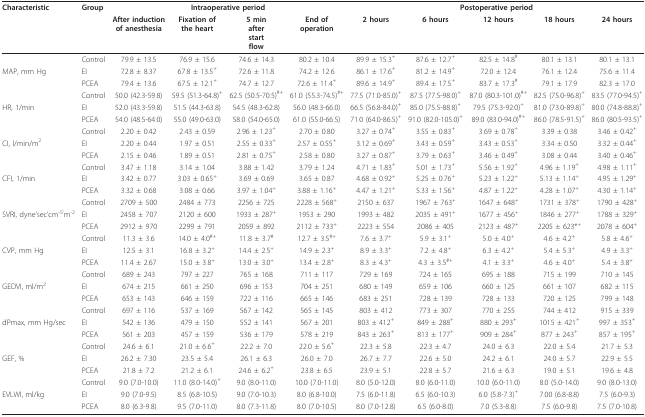
<table><thead><tr><td><b>Characteristic</b></td><td><b>Group</b></td><td colspan="4"><b>Intraoperative period</b></td><td colspan="5"><b>Postoperative period</b></td></tr><tr><td></td><td></td><td><b>After inductionof anesthesia</b></td><td><b>Fixation ofthe heart</b></td><td><b>5 minafterstartflow</b></td><td><b>End ofoperation</b></td><td><b>2 hours</b></td><td><b>6 hours</b></td><td><b>12 hours</b></td><td><b>18 hours</b></td><td><b>24 hours</b></td></tr></thead><tbody><tr><td></td><td>Control</td><td>79.9 ± 13.5</td><td>76.9 ± 15.6</td><td>74.6 ± 14.3</td><td>80.2 ± 10.4</td><td>89.9 ± 15.3<sup>+</sup></td><td>87.6 ± 12.7<sup>+</sup></td><td>82.5 ± 14.8<sup>#</sup></td><td>80.1 ± 13.1</td><td>80.1 ± 13.1</td></tr><tr><td>MAP, mm Hg</td><td>EI</td><td>72.8 ± 8.37</td><td>67.8 ± 13.5<sup>+</sup></td><td>72.6 ± 11.8</td><td>74.2 ± 12.6</td><td>86.1 ± 17.6<sup>+</sup></td><td>81.2 ± 14.9<sup>+</sup></td><td>72.0 ± 12.4</td><td>76.1 ± 12.4</td><td>75.6 ± 11.4</td></tr><tr><td></td><td>PCEA</td><td>79.4 ± 13.6</td><td>67.5 ± 12.1<sup>+</sup></td><td>74.7 ± 12.7</td><td>72.6 ± 11.4<sup>+</sup></td><td>89.6 ± 14.9<sup>+</sup></td><td>89.4 ± 17.5<sup>+</sup></td><td>83.7 ± 17.3<sup>#</sup></td><td>79.1 ± 17.9</td><td>82.3 ± 17.0</td></tr><tr><td></td><td>Control</td><td>50.0 (42.3-59.8)</td><td>59.5 (51.3-64.8)<sup>+</sup></td><td>62.5 (50.5-70.5)<sup>#+</sup></td><td>61.0 (55.3-74.5)<sup>#+</sup></td><td>77.5 (71.0-85.0)<sup>+</sup></td><td>87.5 (77.5-98.0)<sup>+</sup></td><td>87.0 (80.3-101.0)<sup>#+</sup></td><td>82.5 (75.0-96.8)<sup>+</sup></td><td>83.5 (77.0-94.5)<sup>+</sup></td></tr><tr><td>HR, 1/min</td><td>EI</td><td>52.0 (43.3-59.8)</td><td>51.5 (44.3-63.8)</td><td>54.5 (48.3-62.8)</td><td>56.0 (48.3-66.0)</td><td>66.5 (56.8-84.0)<sup>+</sup></td><td>85.0 (75.5-88.8)<sup>+</sup></td><td>79.5 (75.3-92.0)<sup>+</sup></td><td>81.0 (73.0-89.8)<sup>+</sup></td><td>80.0 (74.8-88.8)<sup>+</sup></td></tr><tr><td></td><td>PCEA</td><td>54.0 (48.5-64.0)</td><td>55.0 (49.0-63.0)</td><td>58.0 (54.0-65.0)</td><td>61.0 (55.0-66.5)</td><td>71.0 (64.0-86.5)<sup>+</sup></td><td>91.0 (82.0-105.0)<sup>+</sup></td><td>89.0 (83.0-94.0)<sup>#+</sup></td><td>86.0 (78.5-91.5)<sup>+</sup></td><td>86.0 (80.5-93.5)<sup>+</sup></td></tr><tr><td></td><td>Control</td><td>2.20 ± 0.42</td><td>2.43 ± 0.59</td><td>2.96 ± 1.23<sup>+</sup></td><td>2.70 ± 0.80</td><td>3.27 ± 0.74<sup>+</sup></td><td>3.55 ± 0.83<sup>+</sup></td><td>3.69 ± 0.78<sup>+</sup></td><td>3.39 ± 0.38</td><td>3.46 ± 0.42<sup>+</sup></td></tr><tr><td>CI, l/min/m<sup>2</sup></td><td>EI</td><td>2.20 ± 0.44</td><td>1.97 ± 0.51</td><td>2.55 ± 0.33<sup>+</sup></td><td>2.57 ± 0.55<sup>+</sup></td><td>3.12 ± 0.69<sup>+</sup></td><td>3.43 ± 0.59<sup>+</sup></td><td>3.43 ± 0.53<sup>+</sup></td><td>3.34 ± 0.50</td><td>3.32 ± 0.44<sup>+</sup></td></tr><tr><td></td><td>PCEA</td><td>2.15 ± 0.46</td><td>1.89 ± 0.51</td><td>2.81 ± 0.75<sup>+</sup></td><td>2.58 ± 0.80</td><td>3.27 ± 0.87<sup>+</sup></td><td>3.79 ± 0.63<sup>+</sup></td><td>3.46 ± 0.49<sup>+</sup></td><td>3.08 ± 0.44</td><td>3.40 ± 0.46<sup>+</sup></td></tr><tr><td></td><td>Control</td><td>3.47 ± 1.18</td><td>3.14 ± 1.04</td><td>3.88 ± 1.42</td><td>3.79 ± 1.24</td><td>4.71 ± 1.83<sup>+</sup></td><td>5.01 ± 1.73<sup>+</sup></td><td>5.56 ± 1.92<sup>+</sup></td><td>4.96 ± 1.19<sup>+</sup></td><td>4.98 ± 1.11<sup>+</sup></td></tr><tr><td>CFI, 1/min</td><td>EI</td><td>3.42 ± 0.77</td><td>3.03 ± 0.65<sup>+</sup></td><td>3.69 ± 0.69</td><td>3.65 ± 0.87</td><td>4.68 ± 0.92<sup>+</sup></td><td>5.25 ± 0.76<sup>+</sup></td><td>5.23 ± 1.22<sup>+</sup></td><td>5.13 ± 1.14<sup>+</sup></td><td>4.95 ± 1.29<sup>+</sup></td></tr><tr><td></td><td>PCEA</td><td>3.32 ± 0.68</td><td>3.08 ± 0.66</td><td>3.97 ± 1.04<sup>+</sup></td><td>3.88 ± 1.16<sup>+</sup></td><td>4.47 ± 1.21<sup>+</sup></td><td>5.33 ± 1.56<sup>+</sup></td><td>4.87 ± 1.22<sup>+</sup></td><td>4.28 ± 1.07<sup>+</sup></td><td>4.30 ± 1.14<sup>+</sup></td></tr><tr><td></td><td>Control</td><td>2709 ± 500</td><td>2484 ± 773</td><td>2256 ± 725</td><td>2228 ± 568<sup>+</sup></td><td>2150 ± 637</td><td>1967 ± 763<sup>+</sup></td><td>1647 ± 648<sup>+</sup></td><td>1731 ± 378<sup>+</sup></td><td>1790 ± 428<sup>+</sup></td></tr><tr><td>SVRI, dyne&#x27;sec&#x27;cm<sup>-5&#x27;</sup>m<sup>-2</sup></td><td>EI</td><td>2458 ± 707</td><td>2120 ± 600</td><td>1933 ± 287<sup>+</sup></td><td>1953 ± 290</td><td>1993 ± 482</td><td>2035 ± 491<sup>+</sup></td><td>1677 ± 456<sup>+</sup></td><td>1846 ± 277<sup>+</sup></td><td>1788 ± 329<sup>+</sup></td></tr><tr><td></td><td>PCEA</td><td>2912 ± 970</td><td>2299 ± 791</td><td>2059 ± 892</td><td>2112 ± 733<sup>+</sup></td><td>2223 ± 554</td><td>2086 ± 405</td><td>2123 ± 487<sup>+</sup></td><td>2205 ± 623*<sup>+</sup></td><td>2078 ± 604<sup>+</sup></td></tr><tr><td></td><td>Control</td><td>11.3 ± 3.6</td><td>14.0 ± 4.0<sup>#+</sup></td><td>11.8 ± 3.7<sup>#</sup></td><td>12.7 ± 3.5<sup>#+</sup></td><td>7.6 ± 3.7<sup>+</sup></td><td>5.9 ± 3.1<sup>+</sup></td><td>5.0 ± 4.0<sup>+</sup></td><td>4.6 ± 4.2<sup>+</sup></td><td>5.8 ± 4.6<sup>+</sup></td></tr><tr><td>CVP, mm Hg</td><td>EI</td><td>12.5 ± 3.1</td><td>16.8 ± 3.2<sup>+</sup></td><td>14.4 ± 2.5<sup>+</sup></td><td>14.9 ± 2.3<sup>+</sup></td><td>8.9 ± 3.3<sup>+</sup></td><td>7.2 ± 4.8<sup>+</sup></td><td>6.3 ± 4.2<sup>+</sup></td><td>5.4 ± 5.3<sup>+</sup></td><td>4.9 ± 3.3<sup>+</sup></td></tr><tr><td></td><td>PCEA</td><td>11.4 ± 2.67</td><td>15.0 ± 3.8<sup>+</sup></td><td>13.0 ± 3.0<sup>+</sup></td><td>13.4 ± 2.8<sup>+</sup></td><td>8.3 ± 4.3<sup>+</sup></td><td>4.3 ± 3.5<sup>#+</sup></td><td>4.1 ± 3.3<sup>+</sup></td><td>4.6 ± 4.0<sup>+</sup></td><td>5.4 ± 3.8<sup>+</sup></td></tr><tr><td></td><td>Control</td><td>689 ± 243</td><td>797 ± 227</td><td>765 ± 168</td><td>711 ± 117</td><td>729 ± 169</td><td>724 ± 165</td><td>695 ± 188</td><td>715 ± 199</td><td>710 ± 145</td></tr><tr><td>GEDVI, ml/m<sup>2</sup></td><td>EI</td><td>674 ± 215</td><td>661 ± 250</td><td>696 ± 153</td><td>704 ± 251</td><td>680 ± 149</td><td>659 ± 106</td><td>660 ± 125</td><td>661 ± 107</td><td>682 ± 115</td></tr><tr><td></td><td>PCEA</td><td>653 ± 143</td><td>646 ± 159</td><td>722 ± 116</td><td>665 ± 146</td><td>683 ± 251</td><td>728 ± 139</td><td>728 ± 133</td><td>720 ± 125</td><td>799 ± 148</td></tr><tr><td></td><td>Control</td><td>697 ± 116</td><td>537 ± 169</td><td>567 ± 142</td><td>565 ± 145</td><td>803 ± 412</td><td>773 ± 307</td><td>770 ± 255</td><td>744 ± 412</td><td>915 ± 339</td></tr><tr><td>dPmax, mm Hg/sec</td><td>EI</td><td>542 ± 136</td><td>479 ± 150</td><td>552 ± 141</td><td>567 ± 201</td><td>803 ± 412<sup>+</sup></td><td>849 ± 288<sup>+</sup></td><td>880 ± 293<sup>+</sup></td><td>1015 ± 421<sup>+</sup></td><td>997 ± 353<sup>+</sup></td></tr><tr><td></td><td>PCEA</td><td>561 ± 203</td><td>457 ± 159</td><td>536 ± 179</td><td>578 ± 219</td><td>843 ± 263<sup>+</sup></td><td>813 ± 177<sup>+</sup></td><td>909 ± 284<sup>+</sup></td><td>877 ± 243<sup>+</sup></td><td>857 ± 195<sup>+</sup></td></tr><tr><td></td><td>Control</td><td>24.6 ± 6.1</td><td>21.0 ± 6.6<sup>+</sup></td><td>22.2 ± 7.0</td><td>22.0 ± 5.6<sup>+</sup></td><td>22.3 ± 5.8</td><td>22.3 ± 4.7</td><td>24.0 ± 6.3</td><td>22.0 ± 5.4</td><td>21.7 ± 5.3</td></tr><tr><td>GEF, %</td><td>EI</td><td>26.2 ± 7.30</td><td>23.5 ± 5.4</td><td>26.1 ± 6.3</td><td>26.0 ± 7.0</td><td>26.7 ± 7.7</td><td>22.6 ± 5.0</td><td>24.2 ± 6.1</td><td>24.0 ± 5.7</td><td>22.9 ± 5.5</td></tr><tr><td></td><td>PCEA</td><td>21.8 ± 7.2</td><td>21.2 ± 6.1</td><td>24.6 ± 6.2<sup>+</sup></td><td>23.8 ± 6.5</td><td>23.9 ± 5.1</td><td>22.8 ± 5.7</td><td>21.6 ± 6.3</td><td>19.0 ± 5.1</td><td>19.6 ± 4.8</td></tr><tr><td></td><td>Control</td><td>9.0 (7.0-10.0)</td><td>11.0 (8.0-14.0)<sup>+</sup></td><td>9.0 (8.0-11.0)</td><td>10.0 (7.0-11.0)</td><td>8.0 (5.0-12.0)</td><td>8.0 (6.0-11.0)</td><td>10.0 (6.0-11.0)</td><td>8.0 (5.0-14.0)</td><td>9.0 (8.0-13.0)</td></tr><tr><td>EVLWI, ml/kg</td><td>EI</td><td>9.0 (7.0-9.5)</td><td>8.5 (6.8-10.5)</td><td>9.0 (7.0-10.3)</td><td>8.0 (6.8-10.0)</td><td>7.5 (6.0-11.8)</td><td>6.5 (6.0-10.3)</td><td>6.0 (5.8-7.3)<sup>+</sup></td><td>7.00 (6.8-8.8)</td><td>7.5 (6.0-9.3)</td></tr><tr><td></td><td>PCEA</td><td>8.0 (6.3-9.8)</td><td>9.5 (7.0-11.0)</td><td>8.0 (7.3-11.8)</td><td>8.0 (7.0-10.5)</td><td>8.0 (7.0-12.8)</td><td>6.5 (6.0-8.0)</td><td>7.0 (5.3-8.8)</td><td>7.5 (6.0-9.8)</td><td>7.5 (7.0-10.8)</td></tr></tbody></table>